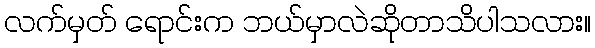
လက်မှတ် ရောင်းက ဘယ်မှာလဲဆိုတာသိပါသလား။